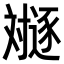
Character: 𬩛